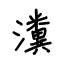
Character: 瀵